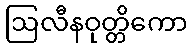
ဩလီနဝုတ္တိကော